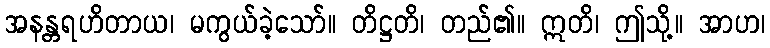
အနန္တရဟိတာယ၊ မကွယ်ခဲ့သော်။ တိဋ္ဌတိ၊ တည်၏။ ဣတိ၊ ဤသို့။ အာဟ၊